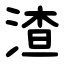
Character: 渣